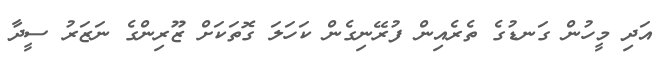
އަދި މީހުން ގަނޑުގެ ތެރެއިން ފުރޭނިގެން ކަހަލަ ގޮތަކަށް ޒޫރިންގެ ނަޒަރު ސީދާ